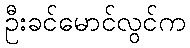
ဦးခင်မောင်လွင်က